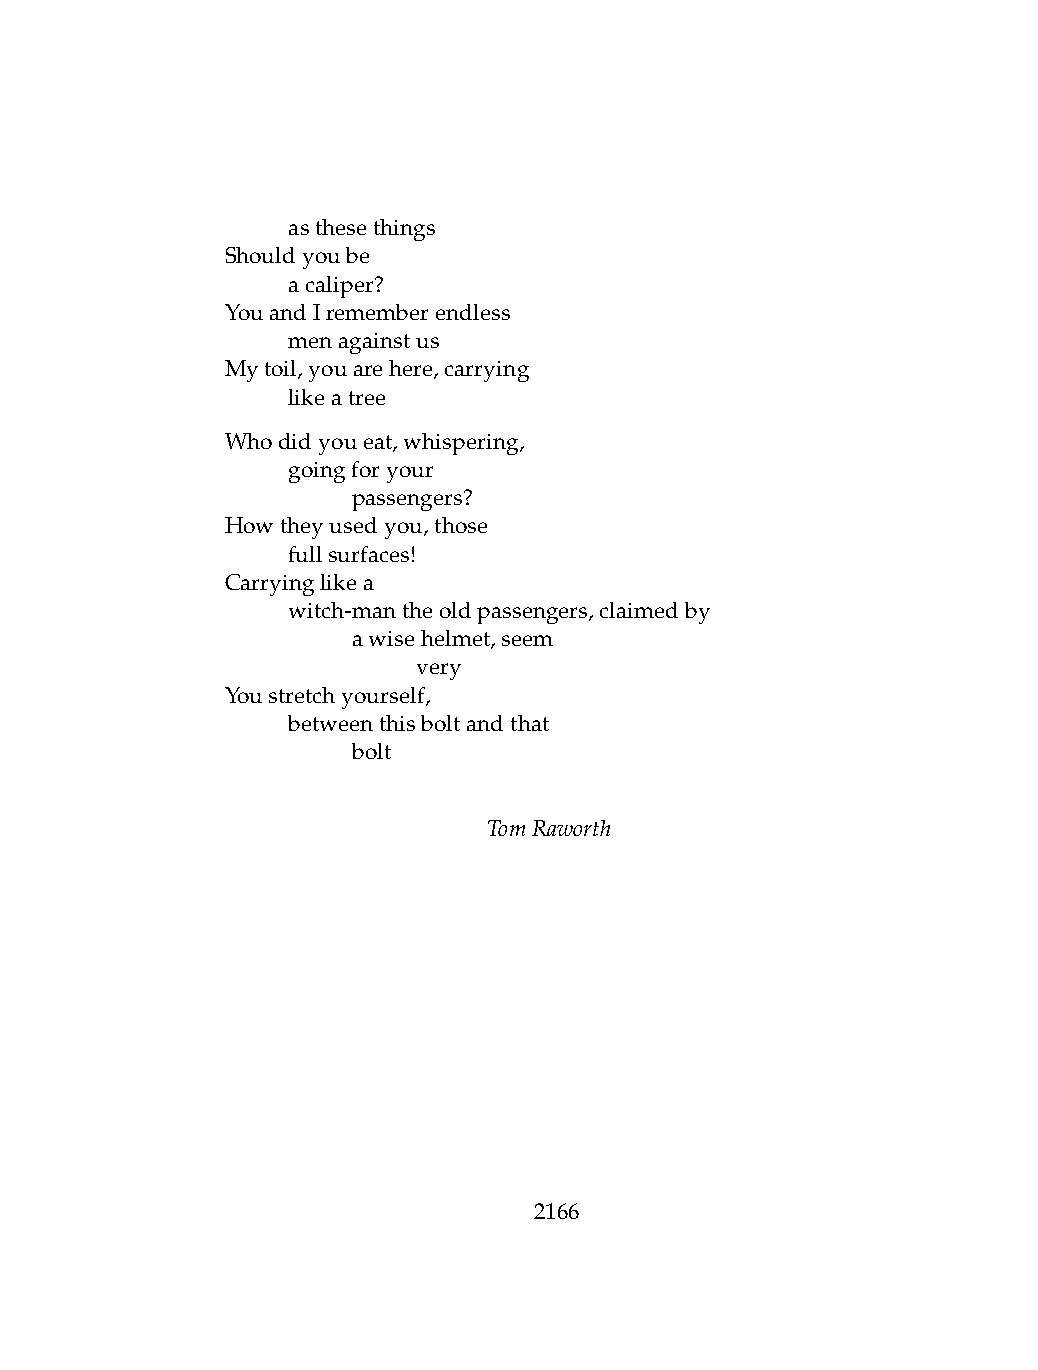
.   asthesethings
 Shouldyoube
 .   acaliper?
 YouandIrememberendless
 .   menagainstus
 Mytoil,youarehere,carrying
 .   likeatree
 Whodidyoueat,whispering,
 .   goingforyour
 .   .   passengers?
 Howtheyusedyou,those
 .   fullsurfaces!
 Carryinglikea
 .   witch-mantheoldpassengers,claimedby
 .   .   awisehelmet,seem
 .   .   .    very
 Youstretchyourself,
 .   betweenthisboltandthat
 .   .   bolt
 TomRaworth
 2166